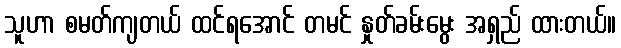
သူဟာ စမတ်ကျတယ် ထင်ရအောင် တမင် နှုတ်ခမ်းမွေး အရှည် ထားတယ်။